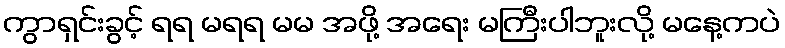
ကွာရှင်းခွင့် ရရ မရရ မမ အဖို့ အရေး မကြီးပါဘူးလို့ မနေ့ကပဲ